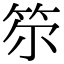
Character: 𥬞